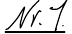
Nr.1.